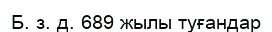
Б. з. д. 689 жылы туғандар